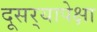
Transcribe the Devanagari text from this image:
दूसर्‍यापेक्षा